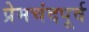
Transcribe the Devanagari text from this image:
प्रेमचंदपूर्व